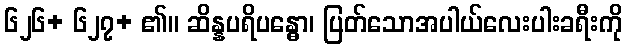
၆၂၆+ ၆၂၇+ ၏။ ဆိန္နပရိပန္ဓော၊ ပြတ်သောအပါယ်လေးပါးခရီးကို